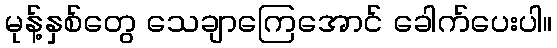
မုန့်နှစ်တွေ သေချာကြေအောင် ခေါက်ပေးပါ။